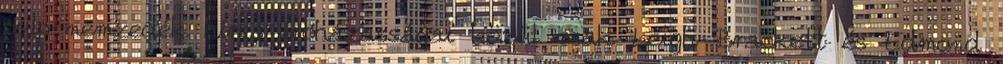
pulp-nemzedék híres íróházasságai közül csak Leigh Brackett és Edmond